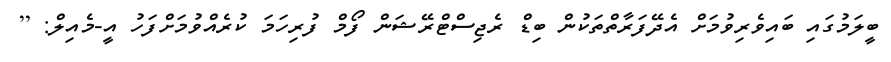
ބީލަމުގައި ބައިވެރިވުމަށް އެދޭފަރާތްތަކުން ބިޑް ރެޖިސްޓްރޭޝަން ފޯމް ފުރިހަމަ ކުރެއްްވުމަށްފަހު އީ-މެއިލް: [